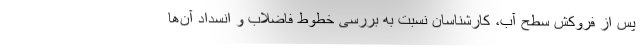
پس از فروکش سطح آب، کارشناسان نسبت به بررسی خطوط فاضلاب و انسداد آن‌ها